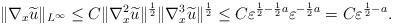
LaTeX: \begin{align*}\|\nabla_{x}\widetilde{u}\|_{L^{\infty}}\leq C\|\nabla^2_{x}\widetilde{u}\|^{\frac{1}{2}}\|\nabla^3_{x}\widetilde{u}\|^{\frac{1}{2}}\leq C\varepsilon^{\frac{1}{2}-\frac{1}{2}a}\varepsilon^{-\frac{1}{2}a}=C\varepsilon^{\frac{1}{2}-a}.\end{align*}